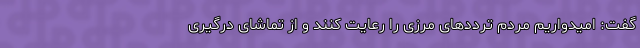
گفت: امیدواریم مردم ترددهای مرزی را رعایت کنند و از تماشای درگیری